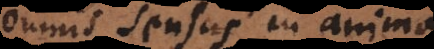
omnis sensus in anima